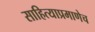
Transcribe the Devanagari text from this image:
साहित्याप्रमाणेच